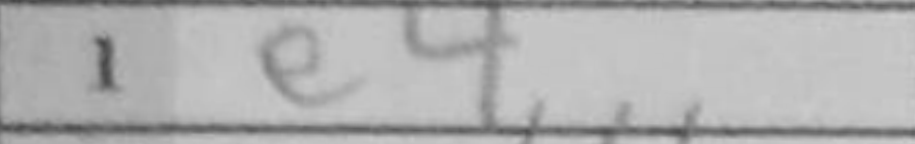
Transcription: e4